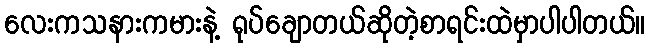
လေးကသနားကမားနဲ့ ရုပ်ချောတယ်ဆိုတဲ့စာရင်းထဲမှာပါပါတယ်။